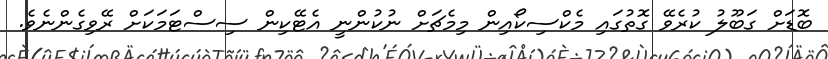
ބޮޑަށް ގަބޫލު ކުރެވޭ ގޮތުގައި މެކްސިކޯއިން މިމެޗަށް ނުކުންނީ އެޓޭކިން ސިސްޓަމަކަށް ރޭވިގެންނެވެ.